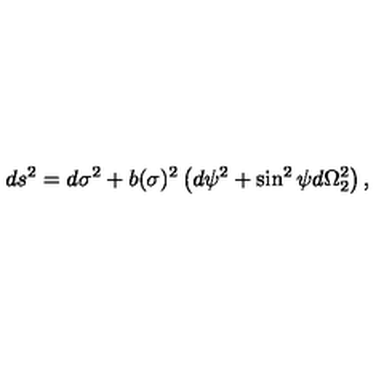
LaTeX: d s ^ { 2 } = d \sigma ^ { 2 } + b ( \sigma ) ^ { 2 } \left( d \psi ^ { 2 } + \sin ^ { 2 } \psi d \Omega _ { 2 } ^ { 2 } \right) ,